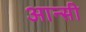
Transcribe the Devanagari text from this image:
आन्सी